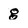
Character: g